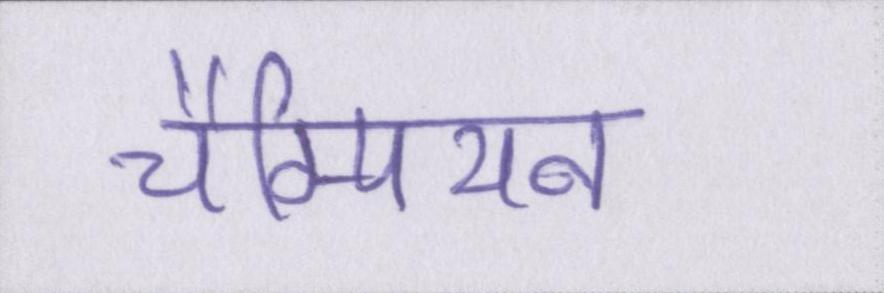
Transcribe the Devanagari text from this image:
चैम्पियन